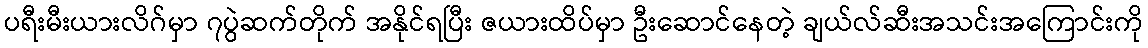
ပရီးမီးယားလိဂ်မှာ ၇ပွဲဆက်တိုက် အနိုင်ရပြီး ဇယားထိပ်မှာ ဦးဆောင်နေတဲ့ ချယ်လ်ဆီးအသင်းအကြောင်းကို